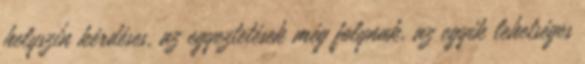
helyszín kérdéses, az egyeztetések még folynak, az egyik lehetséges